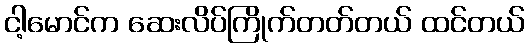
ငါ့မောင်က ဆေးလိပ်ကြိုက်တတ်တယ် ထင်တယ်